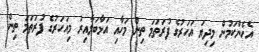
އެހެންކަމުން މިދިޔަ އަހަރުގެ ފުރަތަމަ ތިން މަހާއި އަޅާބަލާއިރު މިއަހަރުގެ ފުރަތަމަ ތިން